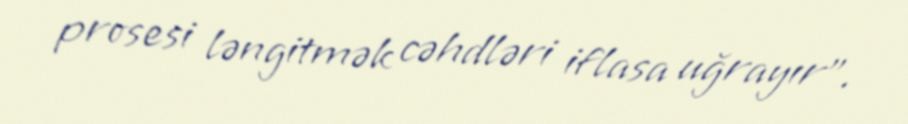
prosesi ləngitmək cəhdləri iflasa uğrayır”.